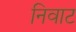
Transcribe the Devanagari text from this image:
निवाट